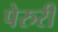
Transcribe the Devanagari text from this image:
पेरुरी